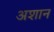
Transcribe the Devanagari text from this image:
अशान